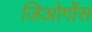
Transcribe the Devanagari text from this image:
जिओर्गोस